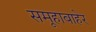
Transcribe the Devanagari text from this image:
समूहाबाहेर